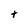
Character: t